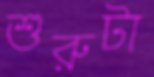
শুরুটা